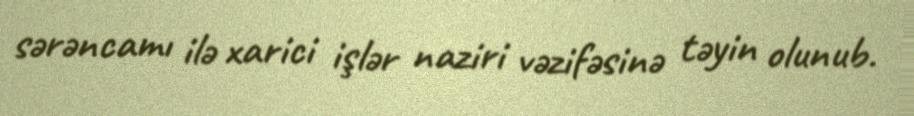
sərəncamı ilə xarici işlər naziri vəzifəsinə təyin olunub.